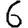
Digit: 6